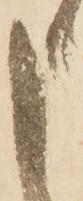
申